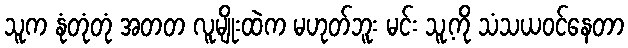
သူက နုံတုံတုံ အတတ လူမျိုးထဲက မဟုတ်ဘူး မင်း သူ့ကို သံသယဝင်နေတာ